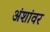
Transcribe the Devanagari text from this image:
अंशांवर